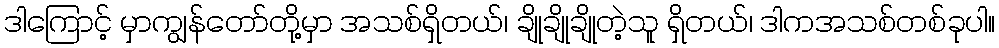
ဒါကြောင့် မှာကျွန်တော်တို့မှာ အသစ်ရှိတယ်၊ ချိုချိုချိုတဲ့သူ ရှိတယ်၊ ဒါကအသစ်တစ်ခုပါ။